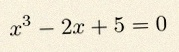
x^3-2x+5=0